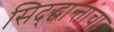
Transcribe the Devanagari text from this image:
सिद्द्धान्तांचा